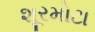
શૂરમોટા